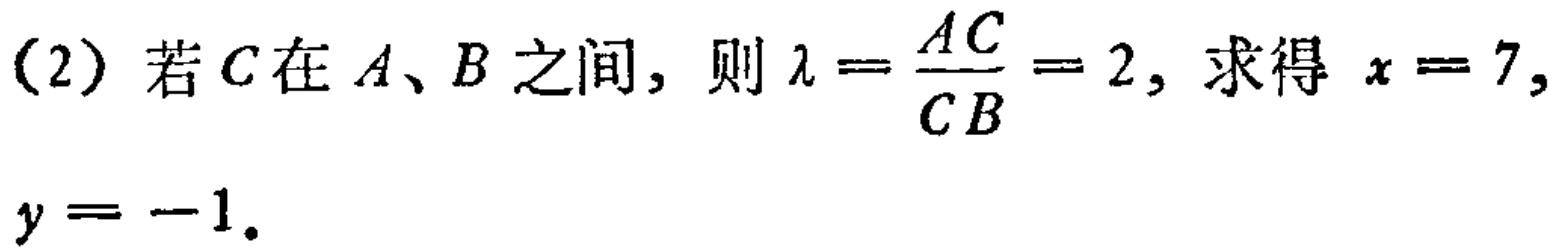
（2）若\(C\)在\(A\)、\(B\)之间，则\(\lambda =\frac{AC}{CB}=2\)，求得 \(x = 7\)，
\(y = -1\)。